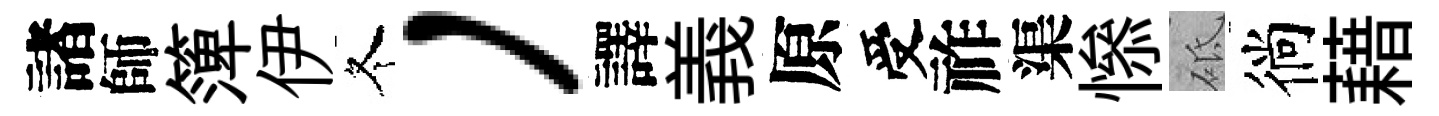
諸師𥱼伊冬，譯義原受祚渠𢡖砥徜藉